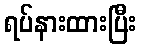
ရပ်နားထားပြီး